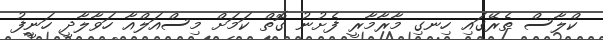
ކްލާސް ތެރޭގައި ހިނގި މާރާމާރީ ފެށުނު ގޮތް ކަމަށް މިސްއަލްއާ ހަވާލާދީ ހަނީފު